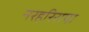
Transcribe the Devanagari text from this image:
नरहरिराया